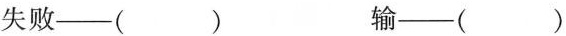
失败——（ ） 输——（ ）